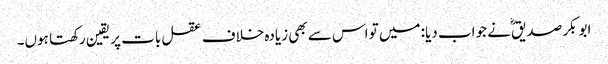
ابوبکر صدیقؓ نے جواب دیا: میں تو اس سے بھی زیادہ خلاف عقل بات پر یقین رکھتا ہوں۔